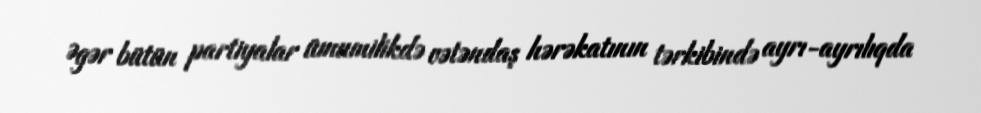
Əgər bütün partiyalar ümumilikdə vətəndaş hərəkatının tərkibində ayrı-ayrılıqda